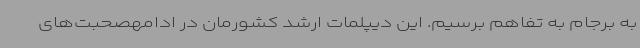
به برجام به تفاهم برسیم. این دیپلمات ارشد کشورمان در ادامهصحبت‌های